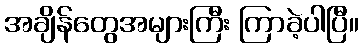
အချိန်တွေအများကြီး ကြာခဲ့ပါပြီ။